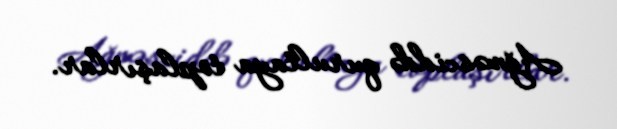
Ağməsciddə qurultaya toplaşırlar.